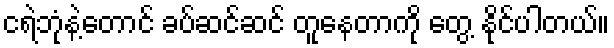
ငရဲဘုံနဲ့တောင် ခပ်ဆင်ဆင် တူနေတာကို တွေ့ နိုင်ပါတယ်။